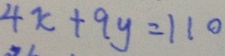
4 x + 9 y = 1 1 0